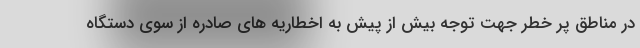
در مناطق پر خطر جهت توجه بیش از پیش به اخطاریه های صادره از سوی دستگاه